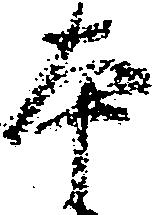
本